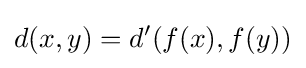
d(x,y)=d'(f(x),f(y))